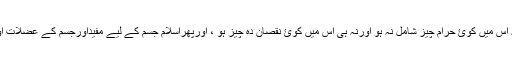
جی ہاں آپ اسلام قبول کرکے باسکٹ بال کھیل سکتے ہیں جب کہ اس میں کوئ حرام چيز شامل نہ ہو اورنہ ہی اس میں کوئ نقصان دہ چيز ہو ، اورپھراسلام جسم کے لیے مفیداورجسم کے عضلات اوراعضاء کومضبوط کرنے والے کھیلوں کوممنوع قرار نہیں دیتا ۔